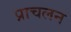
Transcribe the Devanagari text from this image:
प्राचलन